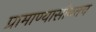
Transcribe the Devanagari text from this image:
प्रामाण्यासोबतच